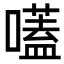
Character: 𡀽